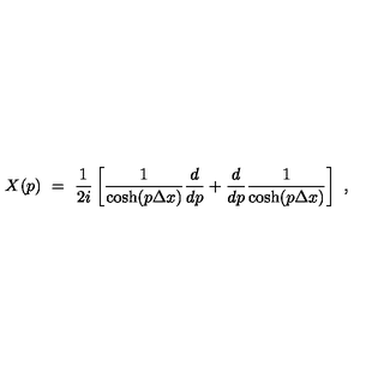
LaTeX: X ( p ) \ = \ { \frac { 1 } { 2 i } } \left[ { \frac { 1 } { \cosh ( p \Delta x ) } } { \frac { d } { d p } } + { \frac { d } { d p } } { \frac { 1 } { \cosh ( p \Delta x ) } } \right] \ ,